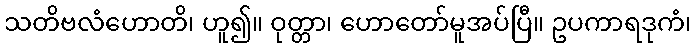
သတိဗလံဟောတိ၊ ဟူ၍။ ဝုတ္တာ၊ ဟောတော်မူအပ်ပြီ။ ဥပကာရဒုကံ၊